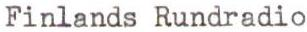
Finlands Rundradio